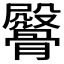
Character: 𩪔